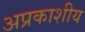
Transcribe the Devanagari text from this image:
अप्रकाशीय